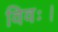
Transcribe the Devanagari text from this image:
विवः।